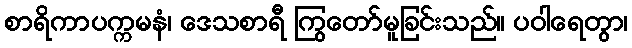
စာရိကာပက္ကမနံ၊ ဒေသစာရီ ကြွတော်မူခြင်းသည်။ ပဝါရေတွာ၊